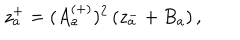
z _ { a } ^ { + } = ( A _ { a } ^ { ( + ) } ) ^ { 2 } \left( z _ { a } ^ { - } + B _ { a } \right) ,